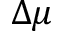
\Delta \mu